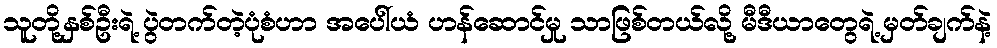
သူတို့နှစ်ဦးရဲ့ ပွဲတက်တဲ့ပုံစံဟာ အပေါ်ယံ ဟန်ဆောင်မှု သာဖြစ်တယ်လို့ မီဒီယာတွေရဲ့ မှတ်ချက်နဲ့